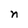
Character: n